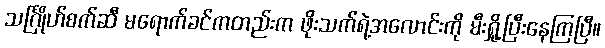
သင်္ဂြိုဟ်စက်ဆီ မရောက်ခင်ကတည်းက ဖိုးသက်ရဲ့အလောင်းကို မီးရှို့ပြီးနေကြပြီ။